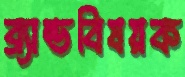
ব্র্যান্ডবিষয়ক